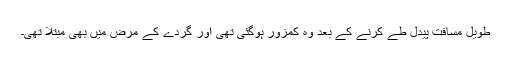
طویل مسافت پیدل طے کرنے کے بعد وہ کمزور ہوگئی تھی اور گردے کے مرض میں بھی مبتلا تھی۔